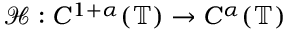
\mathcal { H } : C ^ { 1 + \alpha } ( \mathbb { T } ) \rightarrow C ^ { \alpha } ( \mathbb { T } )